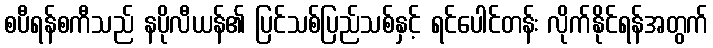
စပီရန်စကီသည် နပိုလီယန်၏ ပြင်သစ်ပြည်သစ်နှင့် ရင်ပေါင်တန်း လိုက်နိုင်ရန်အတွက်